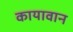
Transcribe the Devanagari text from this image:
कायावान